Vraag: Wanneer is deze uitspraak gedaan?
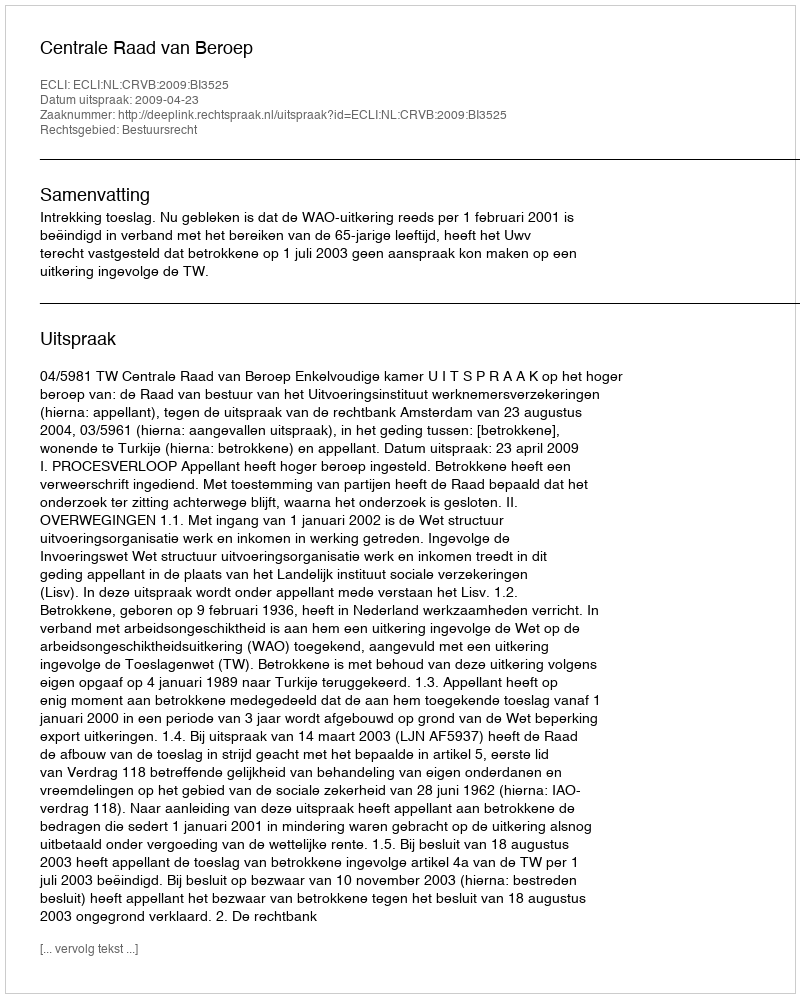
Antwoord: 2009-04-23